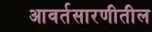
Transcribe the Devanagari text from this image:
आवर्तसारणीतील